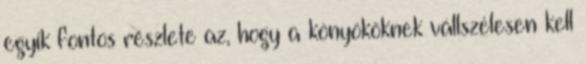
egyik fontos részlete az, hogy a könyököknek vállszélesen kell